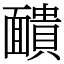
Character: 靧